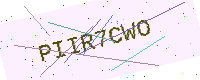
Text: PIIR7CWO